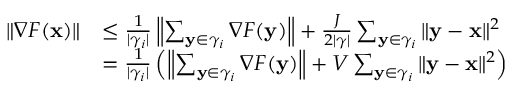
\begin{array} { r l } { \| \nabla F ( { \mathbf x } ) \| } & { \le \frac { 1 } { | \gamma _ { i } | } \left\| \sum _ { \mathbf { y } \in \gamma _ { i } } \nabla F ( \mathbf { y } ) \right\| + \frac { J } { 2 | \gamma | } \sum _ { \mathbf { y } \in \gamma _ { i } } \| \mathbf { y } - { \mathbf x } \| ^ { 2 } } \\ & { = \frac { 1 } { | \gamma _ { i } | } \left( \left\| \sum _ { \mathbf { y } \in \gamma _ { i } } \nabla F ( \mathbf { y } ) \right\| + V \sum _ { \mathbf { y } \in \gamma _ { i } } \| \mathbf { y } - { \mathbf x } \| ^ { 2 } \right) } \end{array}